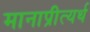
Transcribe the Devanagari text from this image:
मानाप्रीत्यर्थ